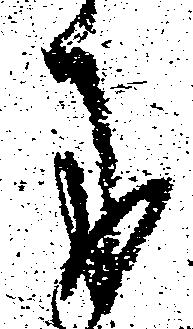
に